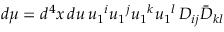
d \mu = d ^ { 4 } x \, d u \, u _ { 1 } { } ^ { i } u _ { 1 } { } ^ { j } u _ { 1 } { } ^ { k } u _ { 1 } { } ^ { l } \, D _ { i j } \bar { D } _ { k l }